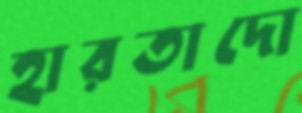
হারতাদো